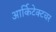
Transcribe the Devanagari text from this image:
आर्किटेक्टचर